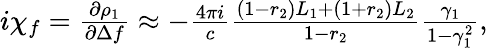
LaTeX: \begin{array}{r}{i\chi_{f}=\frac{\partial\rho_{1}}{\partial\Delta f}\approx-\frac{4\pi i}{c}\frac{(1-r_{2})L_{1}+(1+r_{2})L_{2}}{1-r_{2}}\frac{\gamma_{1}}{1-\gamma_{1}^{2}},}\end{array}